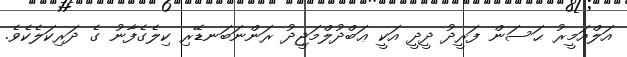
އަލްއަމީރު ޙަސަން ފަރީދު ދީދީ އަކީ ޢަބްދުލްމަޖީދު ރަންނަބަނޑޭރި ކިލެގެފާނު ގެ ދަރިކަލެކެވެ.